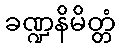
ခဏ္ဍနိမိတ္တံ